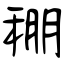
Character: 稝